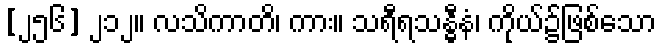
[၂၅၆] ၂၁၂။ လသိကာတိ၊ ကား။ သရီရသန္ဓီနံ၊ ကိုယ်၌ဖြစ်သော